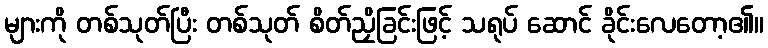
များကို တစ်သုတ်ပြီး တစ်သုတ် စိတ်ညှိခြင်းဖြင့် သရုပ် ဆောင် ခိုင်းလေတော့၏။